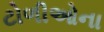
ટોળીઓના